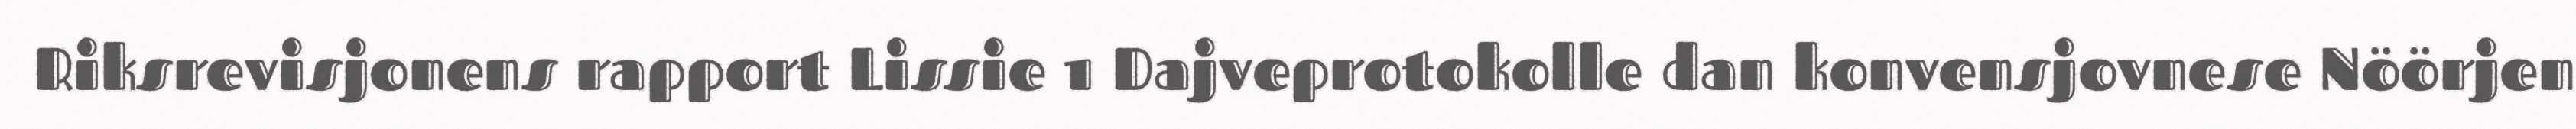
Riksrevisjonens rapport Lissie 1 Dajveprotokolle dan konvensjovnese Nöörjen